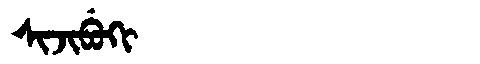
Manchu: ᠰᡳᠵᡳᠪᡠᡴᡳ
Romanization: SIJIBUKI